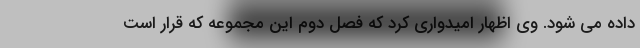
داده می شود. وی اظهار امیدواری کرد که فصل دوم این مجموعه که قرار است